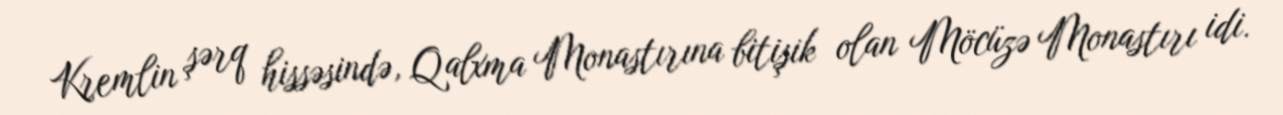
Kremlin şərq hissəsində, Qalxma Monastırına bitişik olan Möcüzə Monastırı idi.